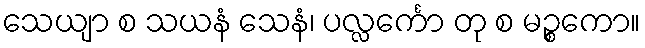
သေယျာ စ သယနံ သေနံ၊ ပလ္လင်္ကော တု စ မဉ္စကော။